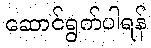
ဆောင်ရွက်ပါရန်